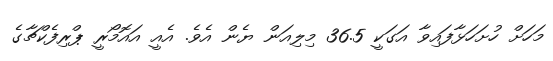
މަހަށް ހުށަހަޅާފައިވާ އަގަކީ 36.5 މިލިއަން ޔެން އެވެ. އެއީ އައޮމޯރީ ޕްރިފެކްޗާގެ